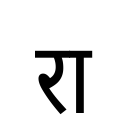
OCR:
रा